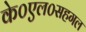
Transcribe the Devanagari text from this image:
के०एल०सहगल